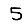
Digit: 5